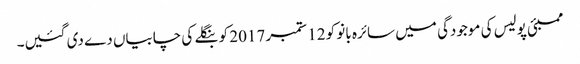
ممبئی پولیس کی موجودگی میں سائرہ بانو کو 12 ستمبر 2017 کو بنگلے کی چابیاں دے دی گئیں۔